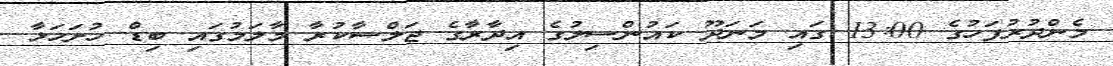
މެންދުރުފަހުގެ 13:00 ގައި މަނަދޫ ކައުންސިލުގެ އިދާރާގެ ޖަލްސާކުރާ މާލަމުގައި ބިޑް ހުށަހަޅާ